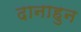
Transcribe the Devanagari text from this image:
दानाहुन